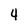
Character: 4